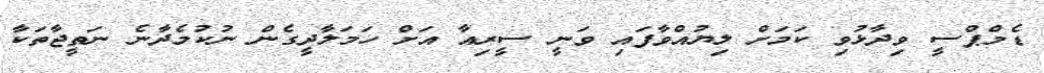
ޑެމްޕްސީ ވިދާޅުވި ކަމަށް ލިޔުއްވާފައި ވަނީ ސީރިއާ އަށް ހަމަލާދީގެން ނުކުމެދާނެ ނަތީޖާތަކާ